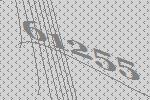
61255